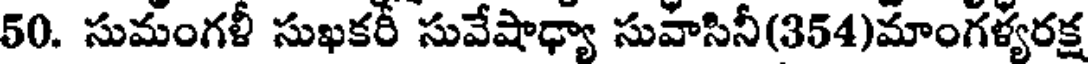
50. సుమంగళీ సుఖకరీ సువేషాఢ్యా సువాసినీ(354)మాంగళ్యరక్ష